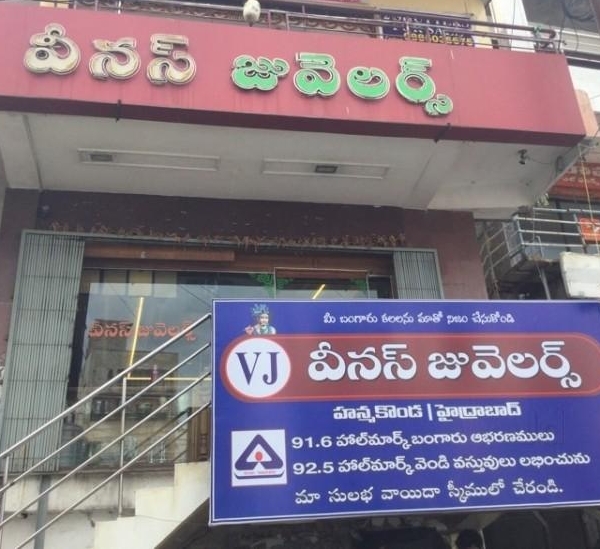
Language: telugu
Transcription: చేసుకోండి స్మీములో చేరండి. హాల్ మార్క్ హాల్  మార్క్ వినస్ జువెలర్స్ జువెలర్స్ హన్మకొండ హైద్రాబాద్ మీ బంగారు కలలను మాతో నిజం మా సులభ బంగారు వస్తువులు లభించును వినస్ జువెలర్స్ వాయిదా వీనస్ వెండి